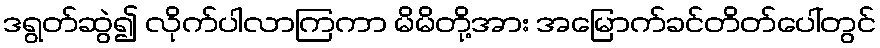
ဒရွတ်ဆွဲ၍ လိုက်ပါလာကြကာ မိမိတို့အား အမြောက်ခင်တိတ်ပေါ်တွင်